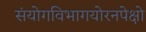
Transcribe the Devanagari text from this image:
संयोगविभागयोरनपेक्षो